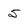
Character: 5